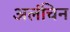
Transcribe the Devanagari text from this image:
अलंचिन